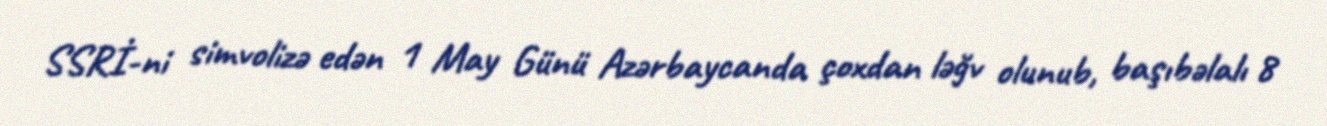
SSRİ-ni simvolizə edən 1 May Günü Azərbaycanda çoxdan ləğv olunub, başıbəlalı 8